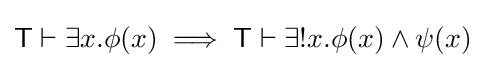
{\mathsf {T}}\vdash \exists x.\phi (x)\implies {\mathsf {T}}\vdash \exists !x.\phi (x)\land \psi (x)